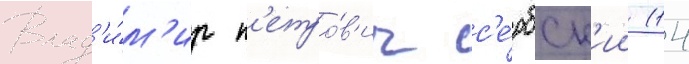
Влад'и́м'ир п'етро́в'ич с'е́рбск'ии (14